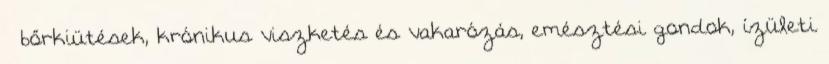
– bőrkiütések, krónikus viszketés és vakarózás, emésztési gondok, ízületi